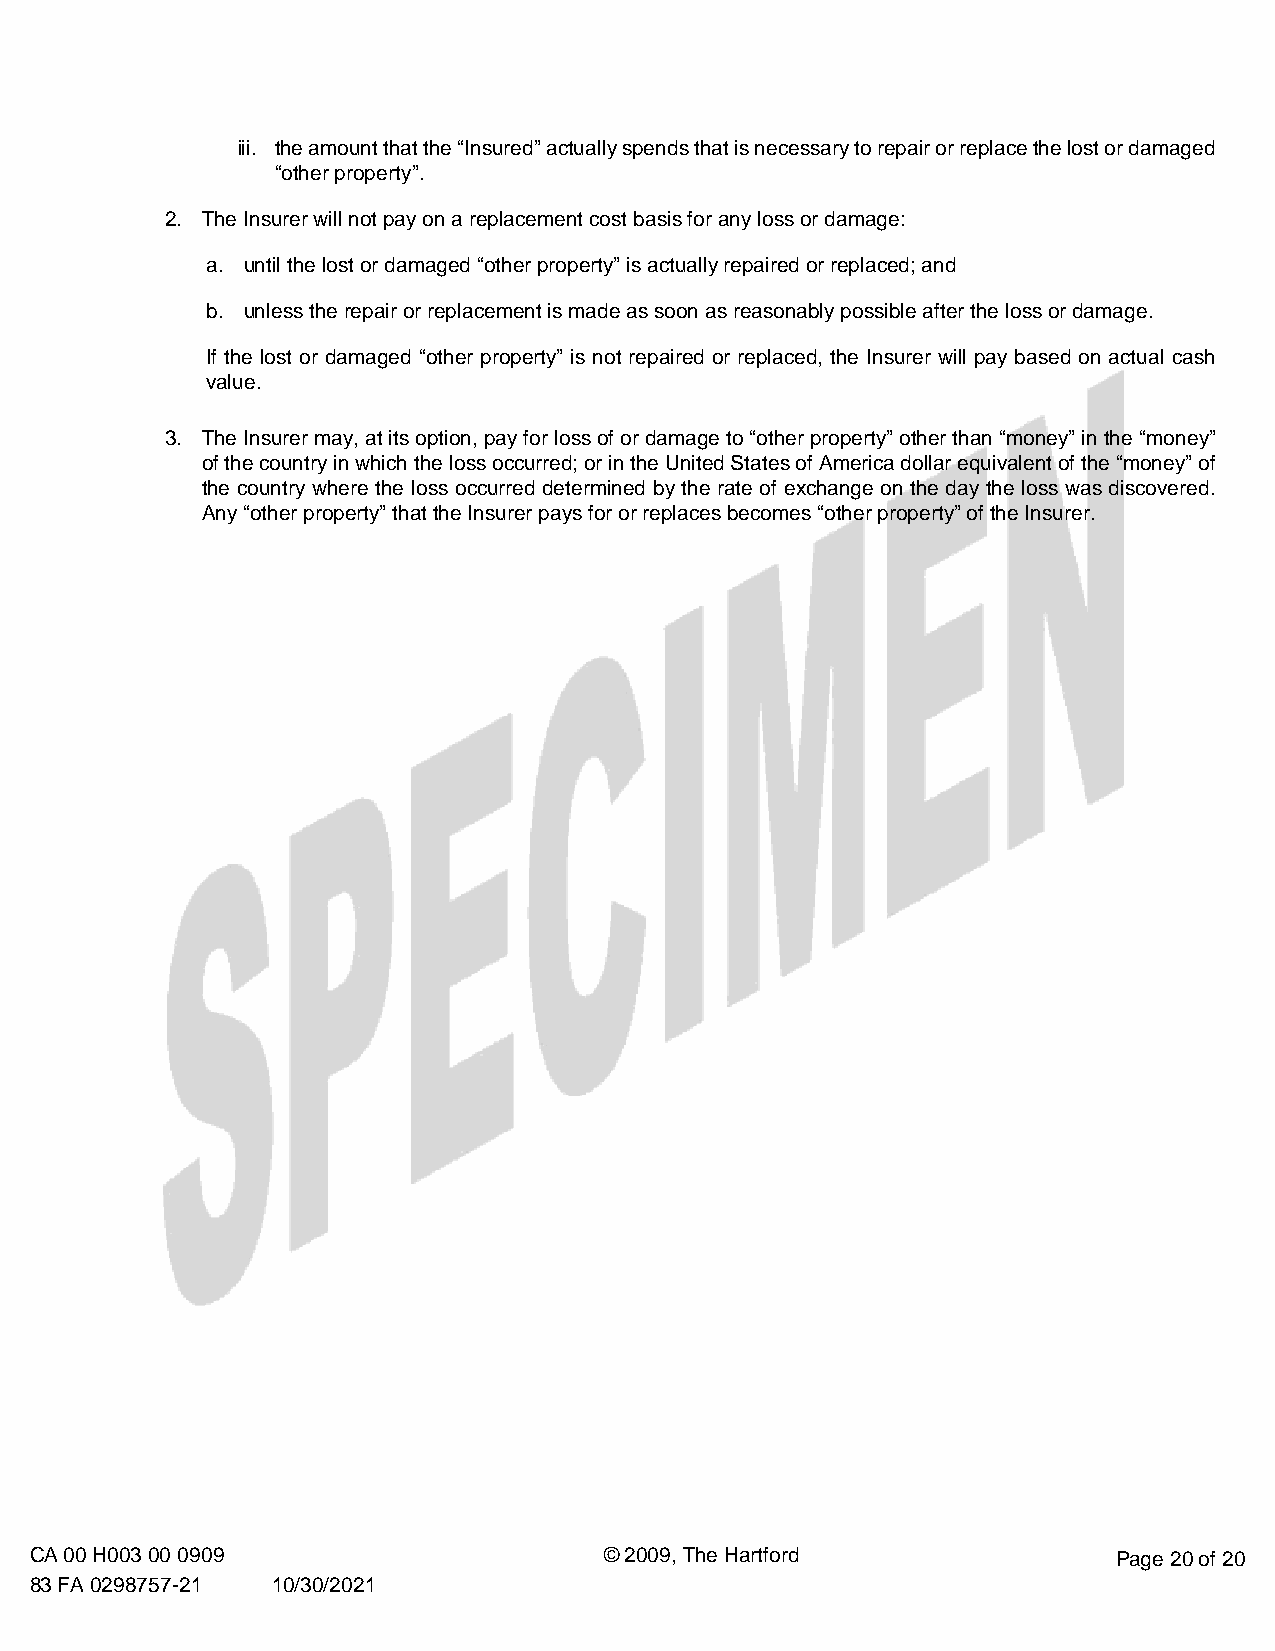
iii. the amount that the “Insured” actually spends that is necessary to repair or replace the lost or damaged
 “other property”.
 2. The Insurer will not pay on a replacement cost basis for any loss or damage:
 a. until the lost or damaged “other property” is actually repaired or replaced; and
 b. unless the repair or replacement is made as soon as reasonably possible after the loss or damage.
 If the lost or damaged “other property” is not repaired or replaced, the Insurer will pay based on actual cash
 value.
 3. The Insurer may, at its option, pay for loss of or damage to “other property” other than “money” in the “money”
 of the country in which the loss occurred; or in the United States of America dollar equivalent of the “money” of
 the country where the loss occurred determined by the rate of exchange on the day the loss was discovered.
 Any “other property” that the Insurer pays for or replaces becomes “other property” of the Insurer.
 CA 00 H003 00 0909                    © 2009, The Hartford              Page 20 of 20
 83 FA 0298757-21 10/30/2021